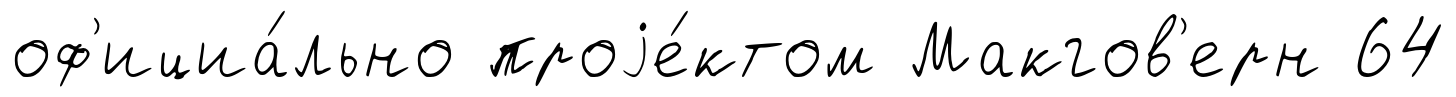
оф'ициа́льно проjе́ктом Макгов'ерн 64